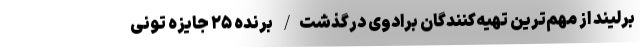
برلیند از مهم‌ترین تهیه‌کنندگان برادوی درگذشت/ برنده ۲۵ جایزه تونی